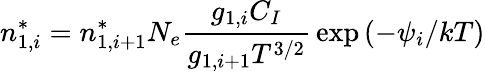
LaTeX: n_{1,i}^{*}=n_{1,i+1}^{*}N_{e}{\frac{g_{1,i}C_{I}}{g_{1,i+1}T^{3/2}}}\exp{(-\psi_{i}/kT)}